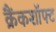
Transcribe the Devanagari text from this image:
क्रैंकशॉफ्ट